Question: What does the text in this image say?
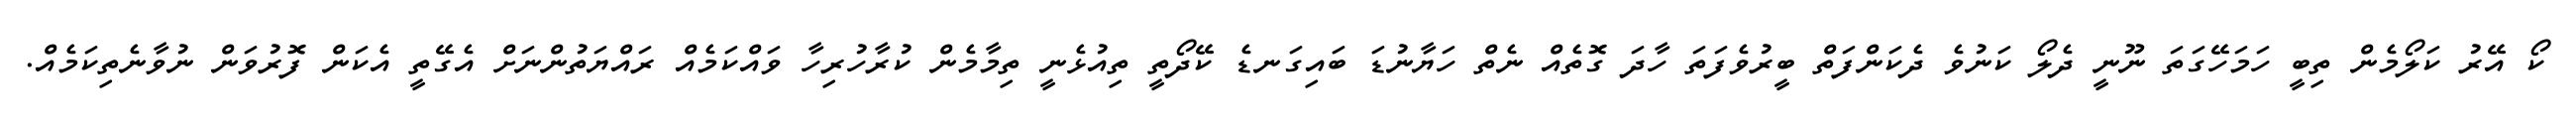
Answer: ކޯ އޭރު ކަލޯމެން ތިބީ ހަމަހޭގަތަ ނޫނީ ދެލޯ ކަނުވެ ދެކަންފަތް ބީރުވެފަތަ ހާދަ ގޮތެއް ނެތް ހަޔާނުޑަ ބައިގަނޑެ ކޭދޯތީ ތިއުޅެނީ ތިމާމެން ކުރާހުރިހާ ވައްކަމެއް ރައްޔަތުންނަށް އެގޭތީ އެކަން ފޮރުވަން ނުވާނެތިކަމެއް.